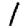
Digit: 1